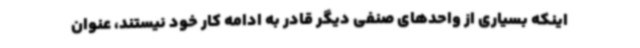
اینکه بسیاری از واحدهای صنفی دیگر قادر به ادامه کار خود نیستند، عنوان